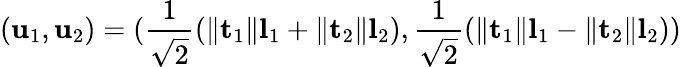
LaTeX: (\mathbf{u}_{1},\mathbf{u}_{2})=(\frac{1}{\sqrt{2}}(\lVert\mathbf{t}_{1}\rVert\mathbf{l}_{1}+\lVert\mathbf{t}_{2}\rVert\mathbf{l}_{2}),\frac{1}{\sqrt{2}}(\lVert\mathbf{t}_{1}\rVert\mathbf{l}_{1}-\lVert\mathbf{t}_{2}\rVert\mathbf{l}_{2}))